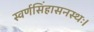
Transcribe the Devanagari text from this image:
स्वर्णसिंहासनस्थः।